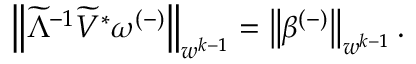
\begin{array} { r } { \left\lVert \widetilde { \Lambda } ^ { - 1 } \widetilde { V } ^ { * } \omega ^ { ( - ) } \right\rVert _ { w ^ { k - 1 } } = \left\lVert \beta ^ { ( - ) } \right\rVert _ { w ^ { k - 1 } } . } \end{array}